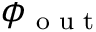
\phi _ { \textrm { o u t } }